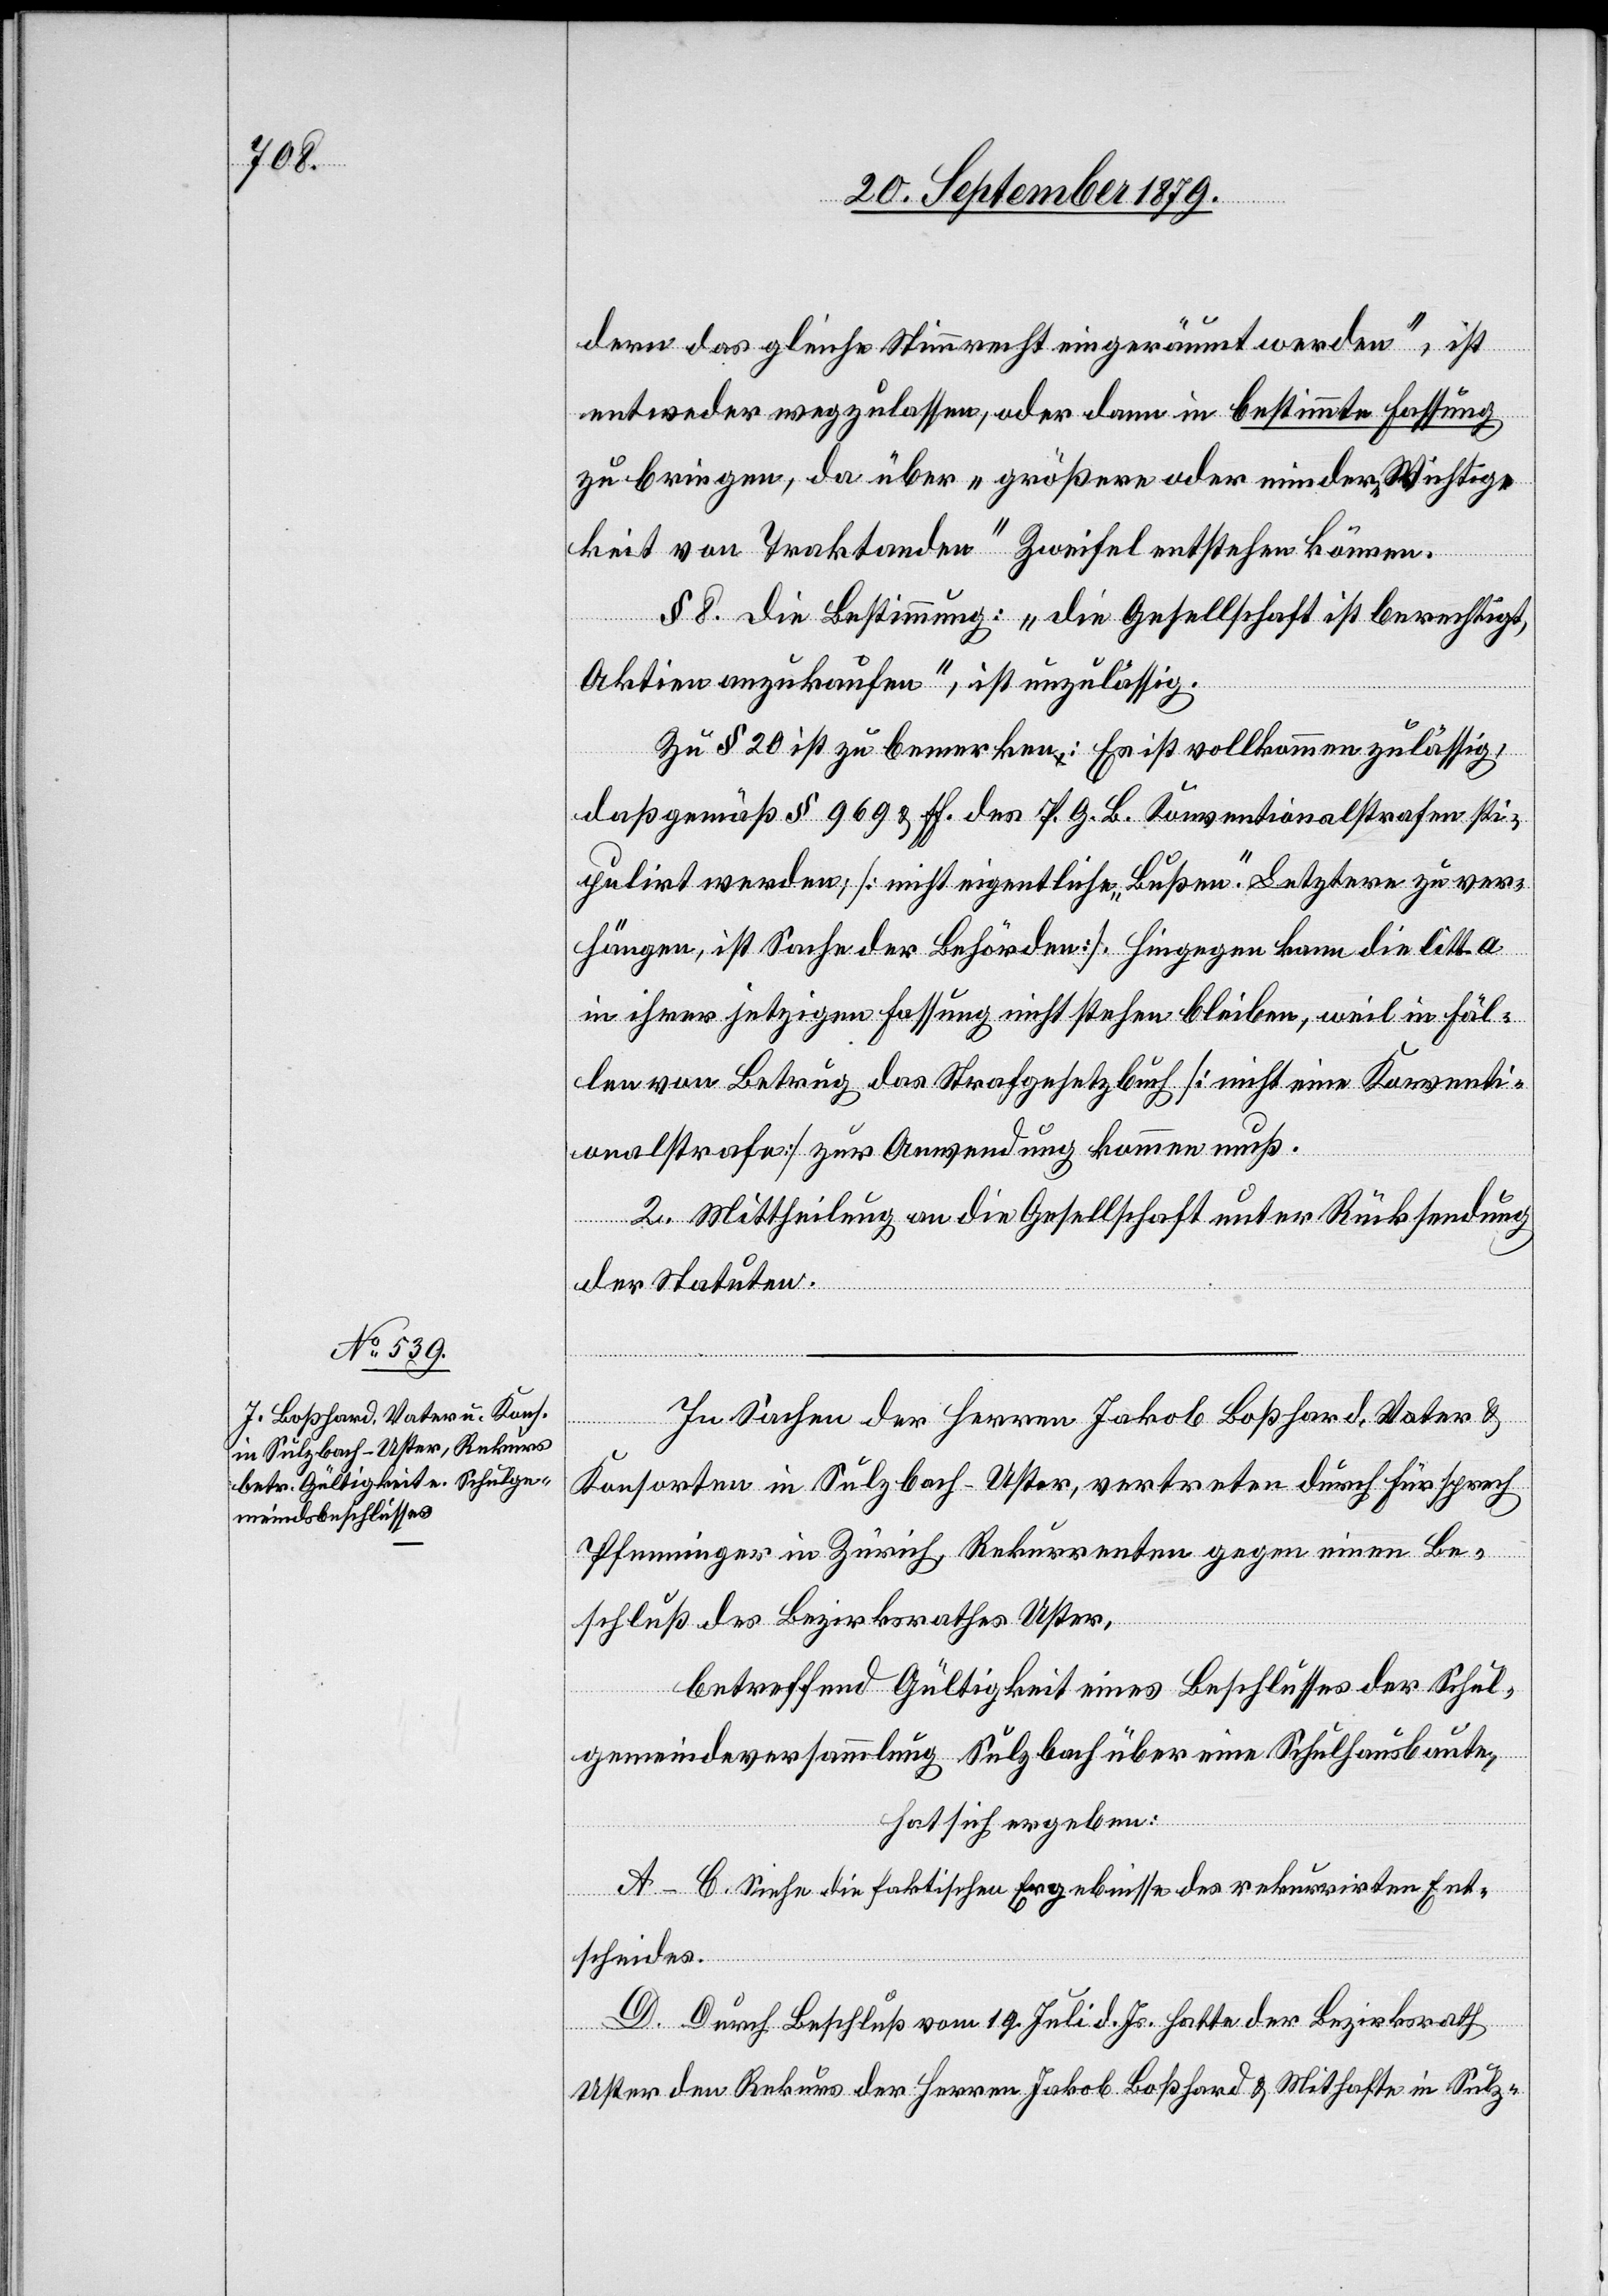
dern das gleiche Stimmrecht eingeräumt werden“, ist
entweder wegzulassen, oder dann in bestimmte Fassung
zu bringen, da über „größere oder mindere Wichtig¬
keit von Traktanden“ Zweifel entstehen können.
§ 8. Die Bestimmung: „die Gesellschaft ist berechtigt,
Aktien anzukaufen“, ist unzulässig.
Zu § 20 ist zu bemerken: Es ist vollkommen zulässig,
daß gemäß § 969 & ff. des P. G. B. Konventionalstrafen sti¬
pulirt werden [nicht eigentliche „Bußen“. Letztere zu ver¬
hängen, ist Sache der Behörden]. Hiegegen kann die litt. a
in ihrer jetzigen Fassung nicht stehen bleiben, weil in Fäl¬
len von Betrug das Strafgesetzbuch [nicht eine Konventi¬
onalstrafe] zur Anwendung kommen muß.
2. Mittheilung an die Gesellschaft unter Rücksendung
der Statuten.
In Sachen der Herren Jakob Boßhard, Vater &
Konsorten in Sulzbach - Uster, vertreten durch Fürsprech
Pfenninger in Zürich, Rekurrenten gegen einen Be¬
schluß des Bezirksrathes Uster,
betreffend Gültigkeit eines Beschlusses der Schul¬
gemeindeversammlung Sulzbach über eine Schulhausbaute,
hat sich ergeben:
A–C. Siehe die faktischen Ergebnisse des rekurrirten Ent¬
scheides.
D. Durch Beschluß vom 19. Juli d. Js. hatte der Bezirksrath
Uster den Rekurs der Herren Jakob Boßhard & Mithafte in Sulz-